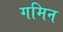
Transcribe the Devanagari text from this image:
गमिन